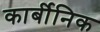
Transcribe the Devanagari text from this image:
कार्बीनिक